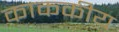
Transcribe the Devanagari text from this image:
काककीय